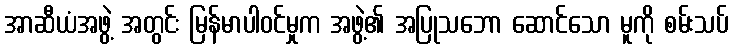
အာဆီယံအဖွဲ့ အတွင်း မြန်မာပါဝင်မှုက အဖွဲ့၏ အပြုသဘော ဆောင်သော မူကို စမ်းသပ်